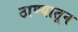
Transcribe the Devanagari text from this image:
ठाण्यातून